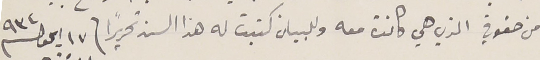
من حقوقي الذي هي كانت معه وللبيان كتبت له هذا السند تحريراً فى ١٧ ايلول سنة ٩٣٤